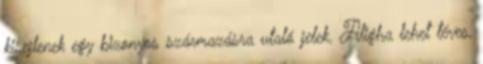
kisejlenek egy bizonyos származásra utaló jelek. Aligha lehet téves,